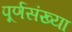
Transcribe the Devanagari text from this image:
पूर्णसंख्या